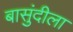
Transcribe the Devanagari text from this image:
बासुंदीला